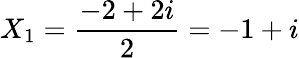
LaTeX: X_{1}=\frac{-2+2i}{2}=-1+i